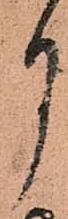
月